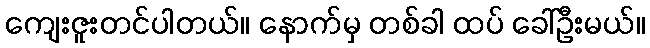
ကျေးဇူးတင်ပါတယ်။ နောက်မှ တစ်ခါ ထပ် ခေါ်ဦးမယ်။